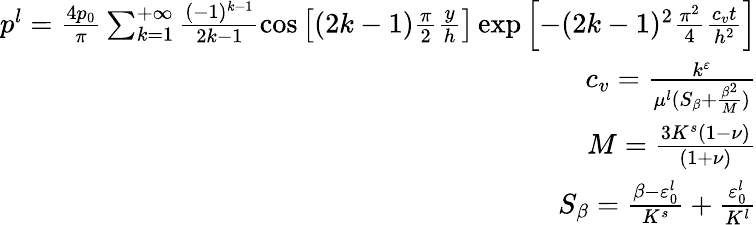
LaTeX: \begin{array}{r}{p^{l}=\frac{4p_{0}}{\pi}\sum_{k=1}^{+\infty}\frac{(-1)^{k-1}}{2k-1}\cos\left[(2k-1)\frac{\pi}{2}\frac{y}{h}\right]\exp\left[-(2k-1)^{2}\frac{\pi^{2}}{4}\frac{c_{v}t}{h^{2}}\right]}\\ {c_{v}=\frac{k^{\varepsilon}}{\mu^{l}(S_{\beta}+\frac{\beta^{2}}{M})}}\\ {M=\frac{3K^{s}(1-\nu)}{(1+\nu)}}\\ {S_{\beta}=\frac{\beta-\varepsilon_{0}^{l}}{K^{s}}+\frac{\varepsilon_{0}^{l}}{K^{l}}}\end{array}